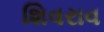
શિવરાવ